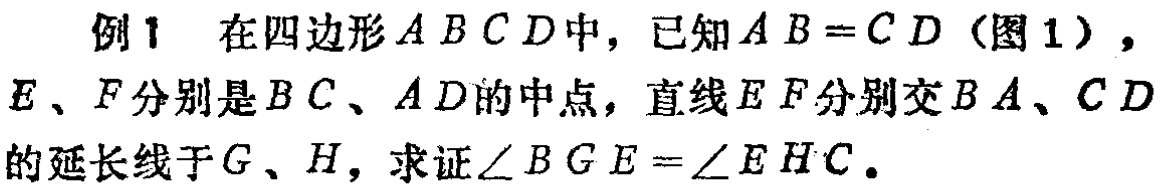
例1 在四边形\(ABCD\)中，已知\(AB = CD\)（图1），\(E\)、\(F\)分别是\(BC\)、\(AD\)的中点，直线\(EF\)分别交\(BA\)、\(CD\)的延长线于\(G\)、\(H\)，求证\(\angle BGE=\angle EHC\)。